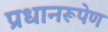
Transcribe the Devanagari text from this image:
प्रधानरूपेण